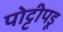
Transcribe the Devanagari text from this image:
पोट्टीपडू